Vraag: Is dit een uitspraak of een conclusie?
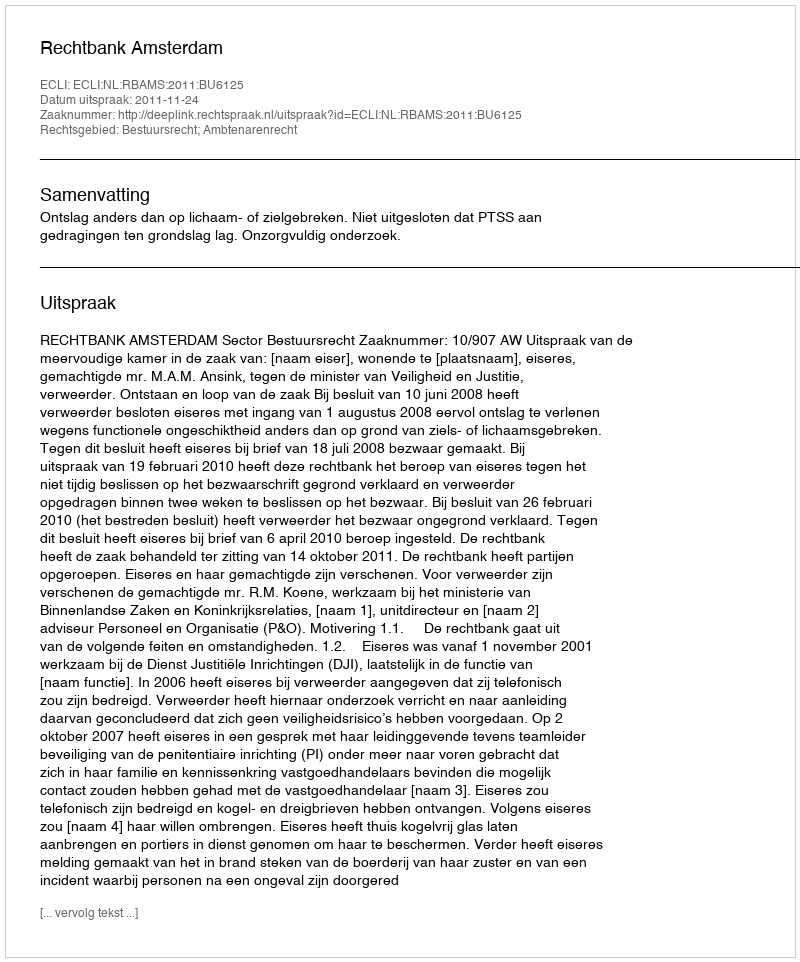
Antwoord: Uitspraak